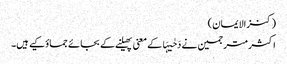
(کنزالایمان)
اکثر مترجمین نے دَحٰیہَا کے معنی پھیلنے کے بجائے جماؤکیے ہیں۔